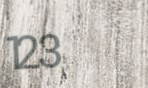
123